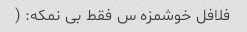
فلافل خوشمزه س فقط بی نمکه: (